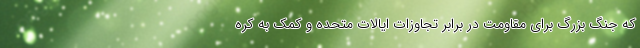
که جنگ بزرگ برای مقاومت در برابر تجاوزات ایالات متحده و کمک به کره